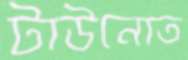
টাউনোত